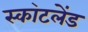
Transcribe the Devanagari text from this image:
स्का॓टलेंड